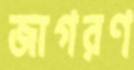
জাগরণ